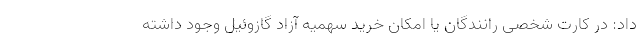
داد: در کارت شخصی رانندگان یا امکان خرید سهمیه آزاد گازوئیل وجود داشته